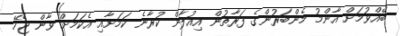
ބޭއްވުމަށް އާންމު މެންބަރުންގެ ފަރާތުން އިއުލާން ކުރާނެ ކަމަށާއި އެކަމަށް ވާން ޖެހޭ